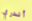
أندري